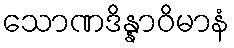
သောဏဒိန္နာဝိမာနံ